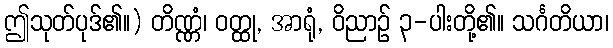
ဤသုတ်ပုဒ်၏။) တိဏ္ဏံ၊ ဝတ္ထု, အာရုံ, ဝိညာဉ် ၃-ပါးတို့၏။ သင်္ဂတိယာ၊